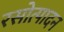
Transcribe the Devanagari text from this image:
रसोत्पादन